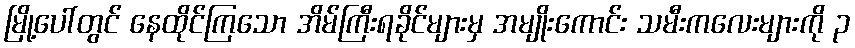
မြို့ပေါ်တွင် နေထိုင်ကြသော အိမ်ကြီးရခိုင်များမှ အမျိုးကောင်း သမီးကလေးများကို ၃